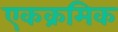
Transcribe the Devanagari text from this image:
एकक्रमिक